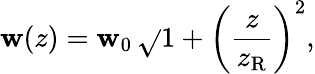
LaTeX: \mathbf{w}(z)=\mathbf{w}_{0}\, {\sqrt{}{{1+{\left({\frac{{z}}{{z_{\mathrm{{R}}}}}}\right)}^{2}}}},